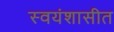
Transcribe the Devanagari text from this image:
स्वयंशासीत